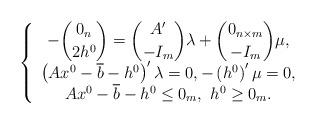
LaTeX: \begin{align*}\left\{ \begin{array}{c}-\dbinom{0_{n}}{2h^{0}}=\dbinom{A^{\prime }}{-I_{m}}\lambda +\dbinom{0_{n\times m}}{-I_{m}}\mu , \\ \left( Ax^{0}-\overline{b}-h^{0}\right) ^{\prime }\lambda =0,-\left(h^{0}\right) ^{\prime }\mu =0, \\ Ax^{0}-\overline{b}-h^{0}\leq 0_{m},~h^{0}\geq 0_{m}.\end{array}\right. \end{align*}